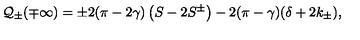
{ \cal Q } _ { \pm } ( \mp \infty ) = \pm 2 ( \pi - 2 \gamma ) \left( S - 2 S ^ { \pm } \right) - 2 ( \pi - \gamma ) ( \delta + 2 k _ { \pm } ) ,